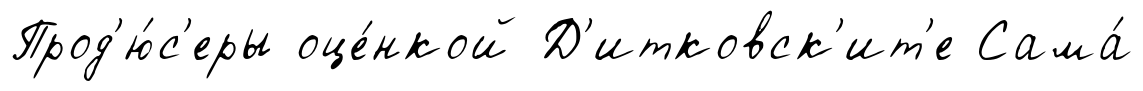
Прод'ю́с'еры оце́нкой Д'итковск'ит'е Сама́